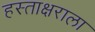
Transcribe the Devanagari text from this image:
हस्ताक्षराला